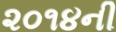
૨૦૧૪ની